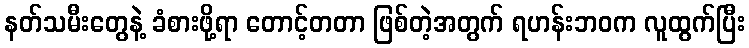
နတ်သမီးတွေနဲ့ ခံစားဖို့ရာ တောင့်တတာ ဖြစ်တဲ့အတွက် ရဟန်းဘဝက လူထွက်ပြီး